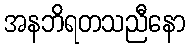
အနဘိရတသညီနော